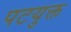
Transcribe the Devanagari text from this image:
पटयुक्त